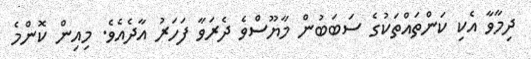
ދިމާވާ އެކި ކަންތައްތަކުގެ ސަބަބުން މާޔޫސްވެ ދެރަވާ ފަހަރު އާދެއެވެ. މިއިން ކޮންމެ